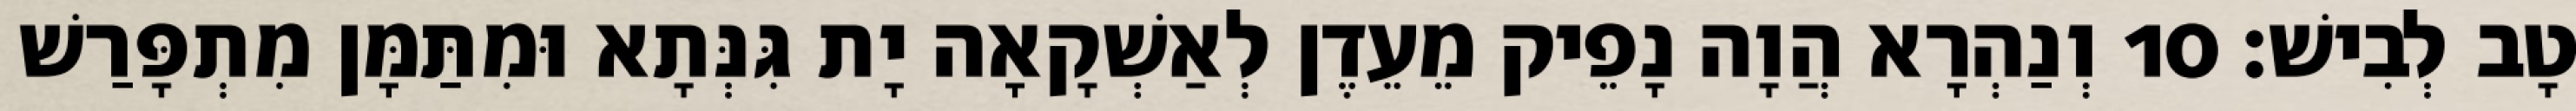
טָב לְבִישׁ׃ 10 וְנַהְרָא הֲוָה נָפֵיק מֵעֵדֶן לְאַשְׁקָאָה יָת גִּנְּתָא וּמִתַּמָּן מִתְפָּרַשׁ